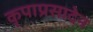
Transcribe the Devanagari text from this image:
कृपाप्रसादेन